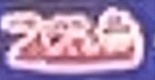
شقة